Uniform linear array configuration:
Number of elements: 4
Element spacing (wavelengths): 0.75
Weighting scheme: binomial
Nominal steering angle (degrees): -60
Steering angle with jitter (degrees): -61.45
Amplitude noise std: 0.05
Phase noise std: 0.05

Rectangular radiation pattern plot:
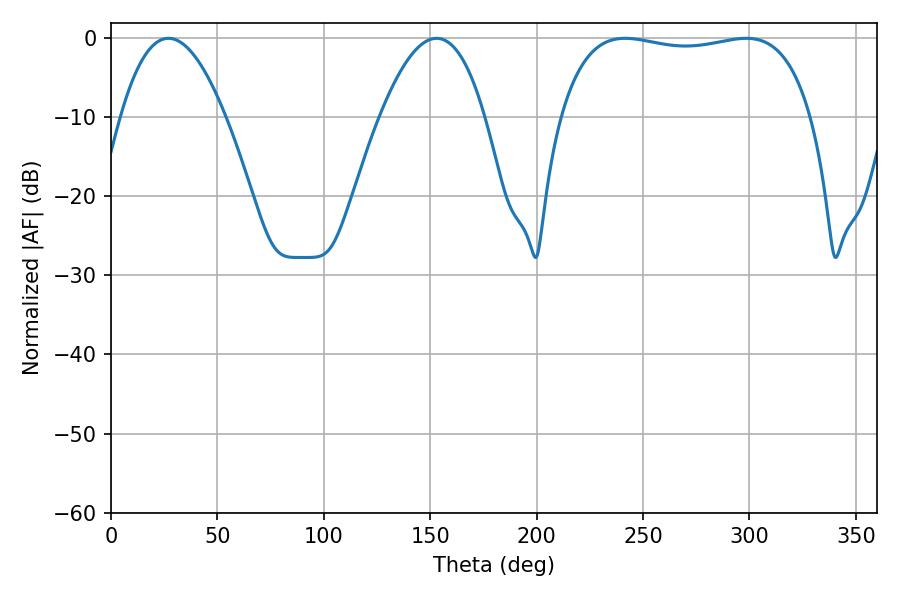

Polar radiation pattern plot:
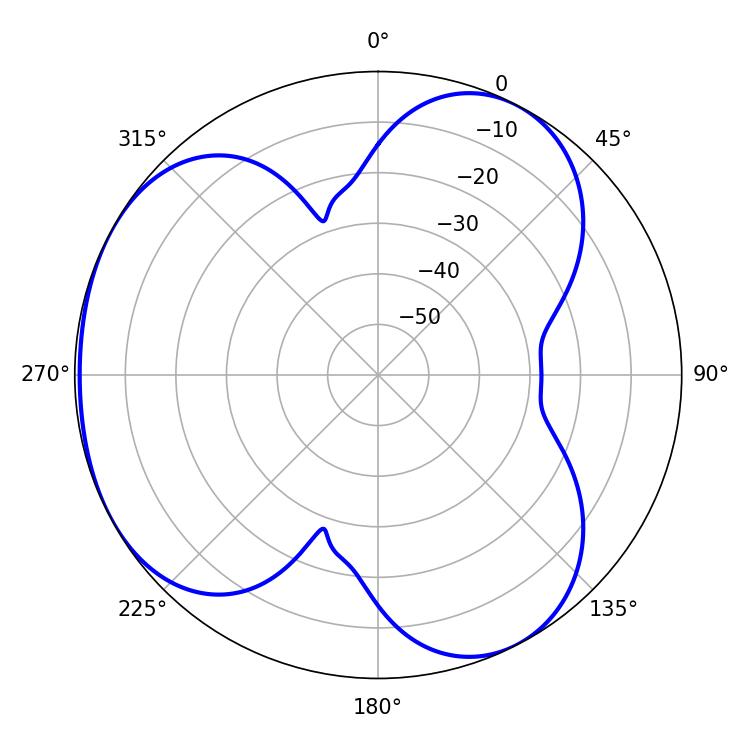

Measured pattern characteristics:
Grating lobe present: TRUE
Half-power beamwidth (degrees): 95.04
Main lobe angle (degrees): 241.56